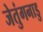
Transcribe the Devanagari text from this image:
जेतुंगनाडु